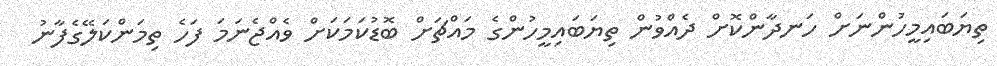
ތިޔަބައިމީހުންނަށް ހަނދާންކޮށް ދެއްވުން ތިޔަބައިމީހުންގެ މައްޗަށް ބޮޑުކަމަކަށް ވެއްޖެނަމަ ފަހެ ތިމަންކަލޭގެފާނު